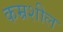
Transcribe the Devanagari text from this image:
कम्रशील